Annual administration and progress report of the Indian Medical Department, Bombay
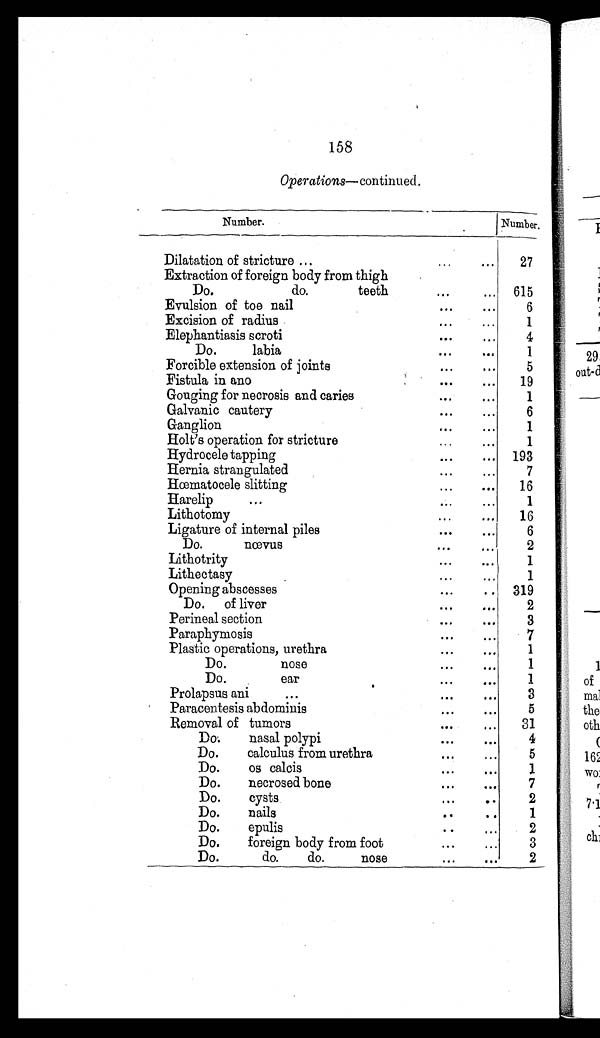
158
Operations—continued.
Number.
Number.
Dilatation of stricture ...
...
27
Extraction of foreign body from thigh
Do.
do.
teeth
...
...
615
Evulsion of toe nail
...
...
6
Excision of radius
...
...
1
Elephantiasis scroti
... ...
4
Do.
labia
...
1
Forcible extension of joints
...
...
5
Fistula in ano
...
...
19
Gouging for necrosis and caries
...
...
1
Galvanic cautery
...
...
6
Ganglion
...
...
1
Holt’s operation for stricture
...
...
1
Hydrocele tapping
...
...
193
Hernia strangulated
...
...
7
Hœmatocele slitting...
... ...
16
H a r e l i p . . .
1
Lithotomy
...
...
16
Ligature of internal piles
...
...
6
Do.
nœvus
...
2
Lithotrity
...
...
1
Lithectasy
...
...
1
Opening abscesses
..
319
Do.
of liver
...
...
2
Perineal section
...
...
3
Paraphymosis
...
...
7
Plastic operations, urethra
...
...
1
Do.
nose
...
...
1
Do.
ear ...
...
1
Prolapsus ani
...
...
...
3
Paracentesis abdomiuis
...
...
5
Removal of tumors
...
...
31
Do.
nasal polypi
...
...
4
Do.
calculus from urethra ..
...
5
Do.
OS calcis
...
...
1
Do.
necrosed bone
...
...
7
Do.
cysts
...
...
2
Do.
nails
...
...
1
Do.
epulis
...
...
2
Do.
foreign body from foot
...
...
3
Do.
do.
do.
nose ... ... ...
2